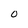
Character: O